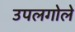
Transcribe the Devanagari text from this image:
उपलगोले